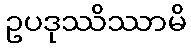
ဥပဒုဿိဿာမိ